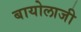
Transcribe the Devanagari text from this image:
बायोलाजी